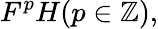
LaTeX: F^{p}H(p\in\mathbb{Z}),